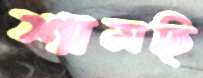
শামছি